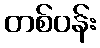
တစ်ဝန်း